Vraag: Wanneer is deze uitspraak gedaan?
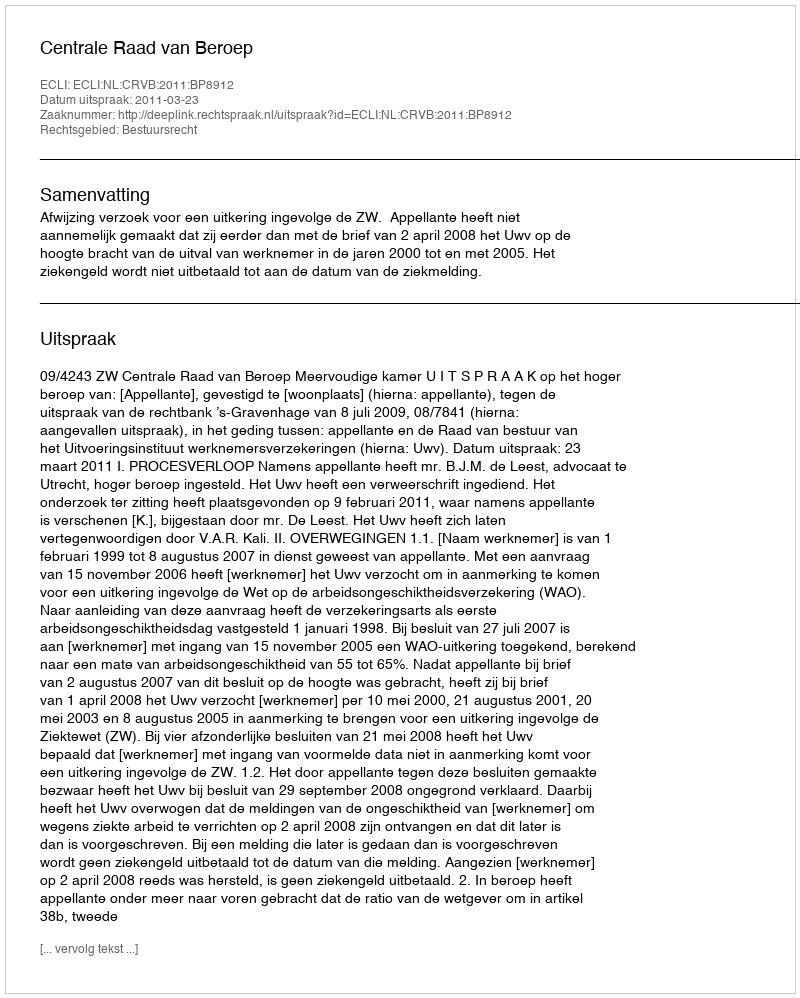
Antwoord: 2011-03-23